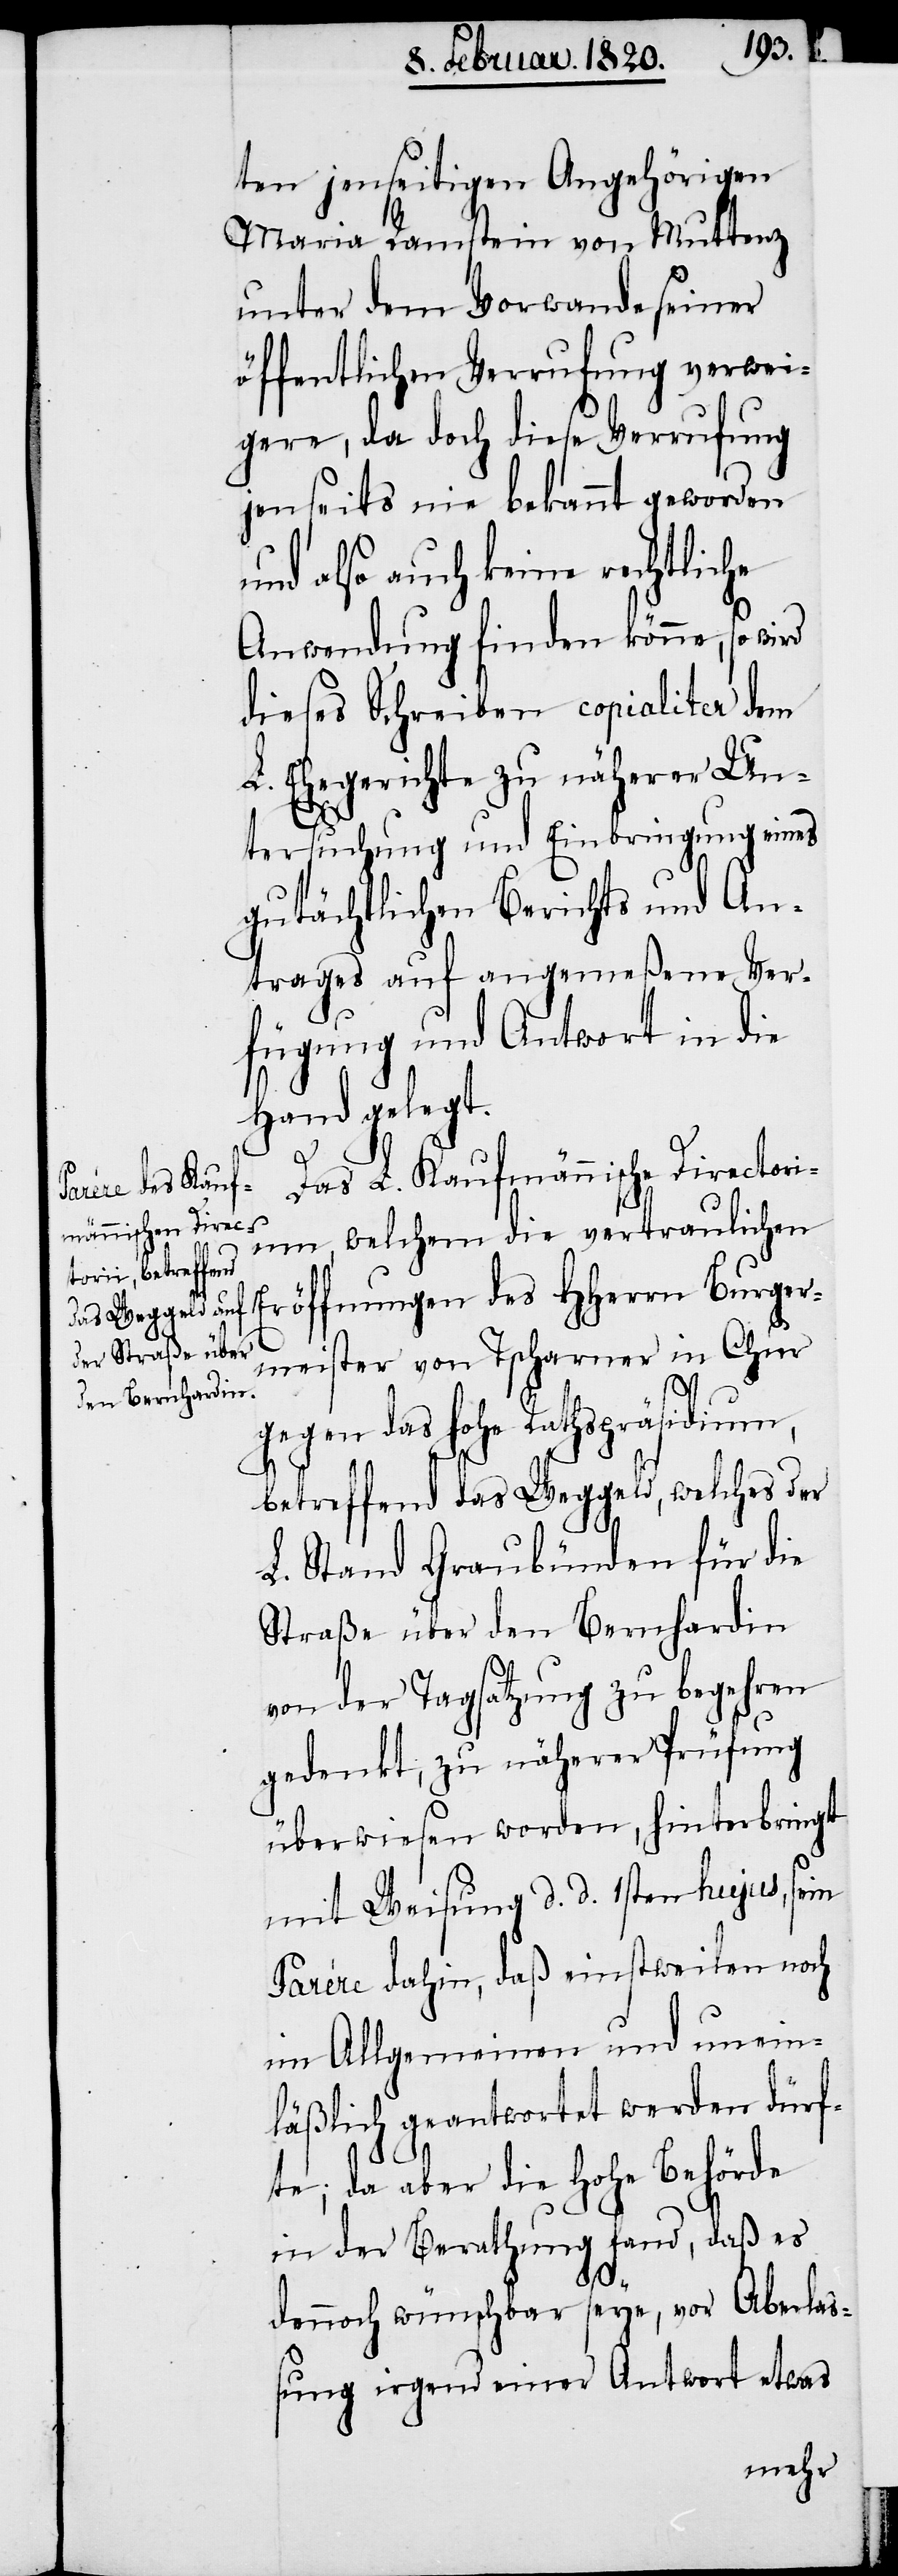
ten jenseitigen Angehörigen
Maria Ramstein von Muttenz
unter dem Vorwande seiner
öffentlichen Verrufung verwei¬
gere, da doch diese Verrufung
jenseits nie bekannt geworden
und also auch keine rechtliche
Anwendung finden könne, so wird
dieses Schreiben copialiter dem
L. Ehegerichte zu näherer Un¬
tersuchung und Einbringung eines
gutächtlichen Berichts und An¬
trages auf angemeßene Ver¬
fügung und Antwort in die
Hand gelegt.
Das L. Kaufmännische Directori¬
um, welchem die vertraulichen
Eröffnungen des HHerrn Burger¬
meister von Tscharner in Chur
gegen das hohe Rathspräsidium,
betreffend das Weggeld, welches der
L. Stand Graubünden für die
Straße über den Bernhardin
von der Tagsatzung zu begehren
gedenkt, zu näherer Prüfung
überwiesen worden, hinterbringt
mit Weisung d. d. 1sten hujus, sein
Parére dahin, daß einstweilen noch
im Allgemeinen und unein¬
läßlich geantwortet werden dürf¬
te; da aber die Hohe Behörde
in der Berathung fand, daß es
dennoch wünschbar seye, vor Aberlaß¬
ung irgend einer Antwort etwas